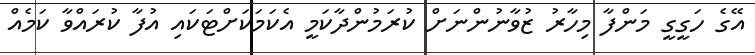
އޭގެ ހަގީގީ މަންފާ މިހާރު ޒުވާނުންނަށް ކުރަމުންދާކަމީ އެކަމަކަށްޓަކައި އުފާ ކުރައްވާ ކަމެއް